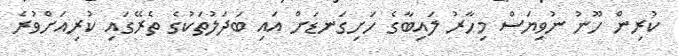
ކުރިން ހޫނު ނުވިޔަސް މިހާރު ލައިބާގެ ހަށިގަނޑަށް އައި ބަދަލުތަކުގެ ތެރޭގައި ކުރިއަށްވުރެ